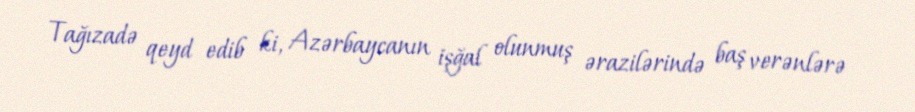
Tağızadə qeyd edib ki, Azərbaycanın işğal olunmuş ərazilərində baş verənlərə